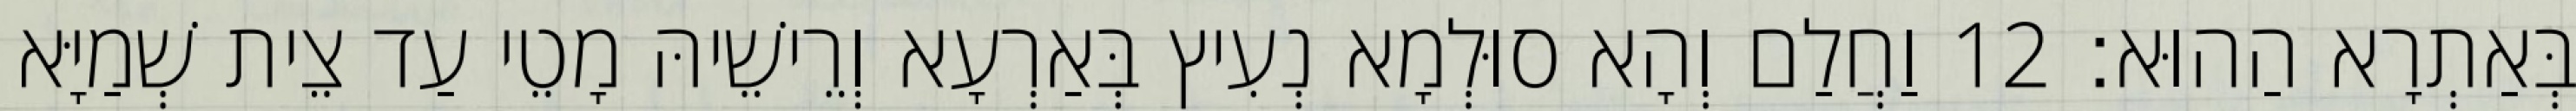
בְּאַתְרָא הַהוּא׃ 12 וַחֲלַם וְהָא סוּלְמָא נְעִיץ בְּאַרְעָא וְרֵישֵׁיהּ מָטֵי עַד צֵית שְׁמַיָּא